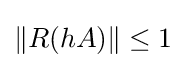
\|R(hA)\|\leq 1